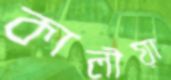
কালীয়া